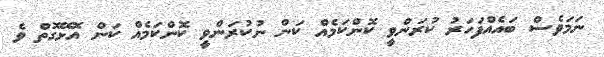
ނަމަވެސް ބައެއްފަހަރު ކުރަންވީ ކޮންކަމެއް ކަން ނުކުރަންވީ ކޮންކަމެއް ކަން އޮޅޭގޮތް ވެ